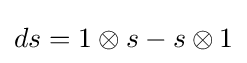
ds=1\otimes s-s\otimes 1